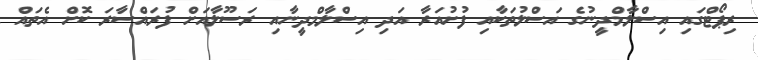
ރިޕޯޓްގައި އިސްލާމްދީނުގެ އަސްލުތަކާއި ފުށުއަރާ އަދި އިސްލާމްދީނާއި ރަސޫލާއަށް ފުރައްސާރަ ކޮށް އެތައް